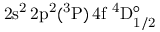
\mathrm { 2 s ^ { 2 } \, 2 p ^ { 2 } ( ^ { 3 } P ) \, 4 f ~ ^ { 4 } D _ { 1 / 2 } ^ { \circ } }